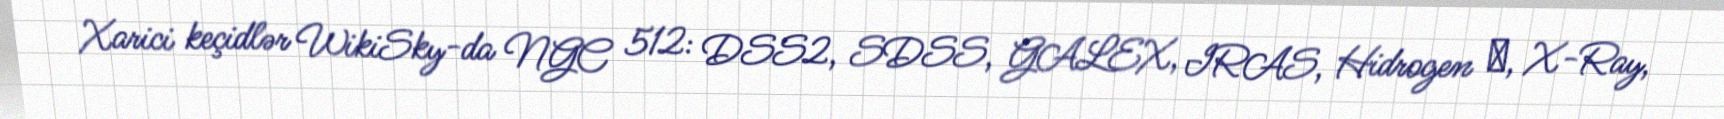
Xarici keçidlər WikiSky-da NGC 512: DSS2, SDSS, GALEX, IRAS, Hidrogen α, X-Ray,